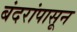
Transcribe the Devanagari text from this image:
बंदरांपासून